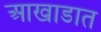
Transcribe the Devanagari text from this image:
आखाडात